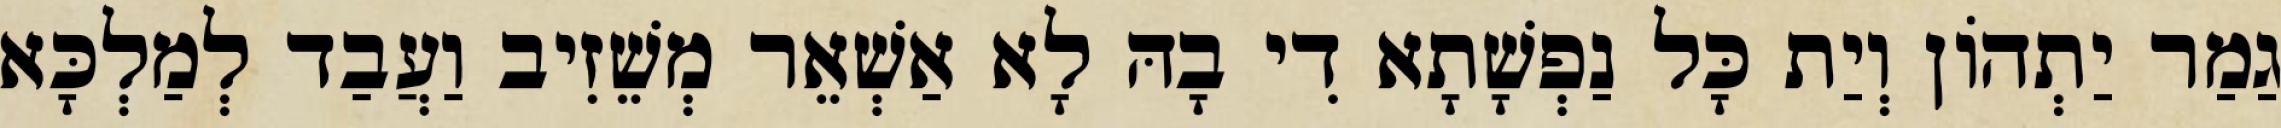
גַמַר יַתְהוֹן וְיַת כָּל נַפְשָׁתָא דִי בָהּ לָא אַשְׁאֵר מְשֵׁזִיב וַעֲבַד לְמַלְכָּא